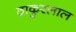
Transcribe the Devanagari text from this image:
ठाकुरलाल